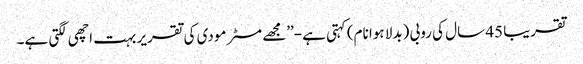
تقریبا 45 سال کی روبی (بدلا ہوا نام) کہتی ہے-’’مجھے مسٹر مودی کی تقریر بہت اچھی لگتی ہے۔